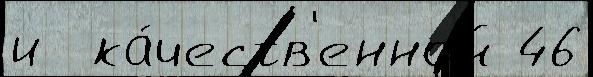
и  ка́честв'енной 46